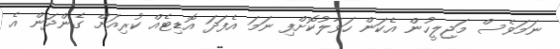
ނަމަވެސް މަޖިލީހުން އެކަން ހަވާލުކޮށްފި ނަމަ އެފަދަ އޮޑިޓެއް ކުރިއަށް ގެންދަން އެ